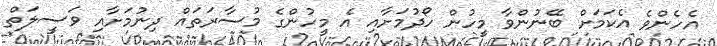
އެހެންވެ އެކަމަށް ބޭނުންވާ މީހުން ހޯދުމަށާއި އެ މީހުންގެ މުސާރަތައް ދިނުމަށާއި ވަސީލަތް